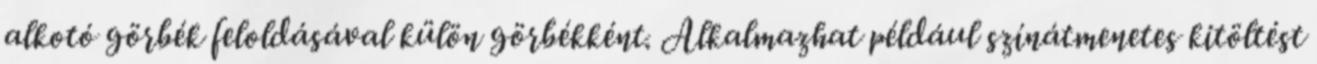
alkotó görbék feloldásával külön görbékként. Alkalmazhat például színátmenetes kitöltést